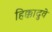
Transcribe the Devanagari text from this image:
हिक्कादुवे